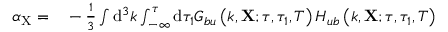
\begin{array} { r l } { \alpha _ { \mathrm { X } } = } & { { } - \frac { 1 } { 3 } \int \mathrm { d } ^ { 3 } k \int _ { - \infty } ^ { \tau } \mathrm { d } \tau _ { 1 } G _ { b u } \left( k , \mathbf { X } ; \tau , \tau _ { 1 } , T \right) H _ { u b } \left( k , \mathbf { X } ; \tau , \tau _ { 1 } , T \right) } \end{array}